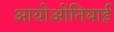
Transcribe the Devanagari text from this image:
आयोओनियाई